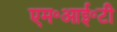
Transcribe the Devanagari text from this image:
एम॰आई॰टी